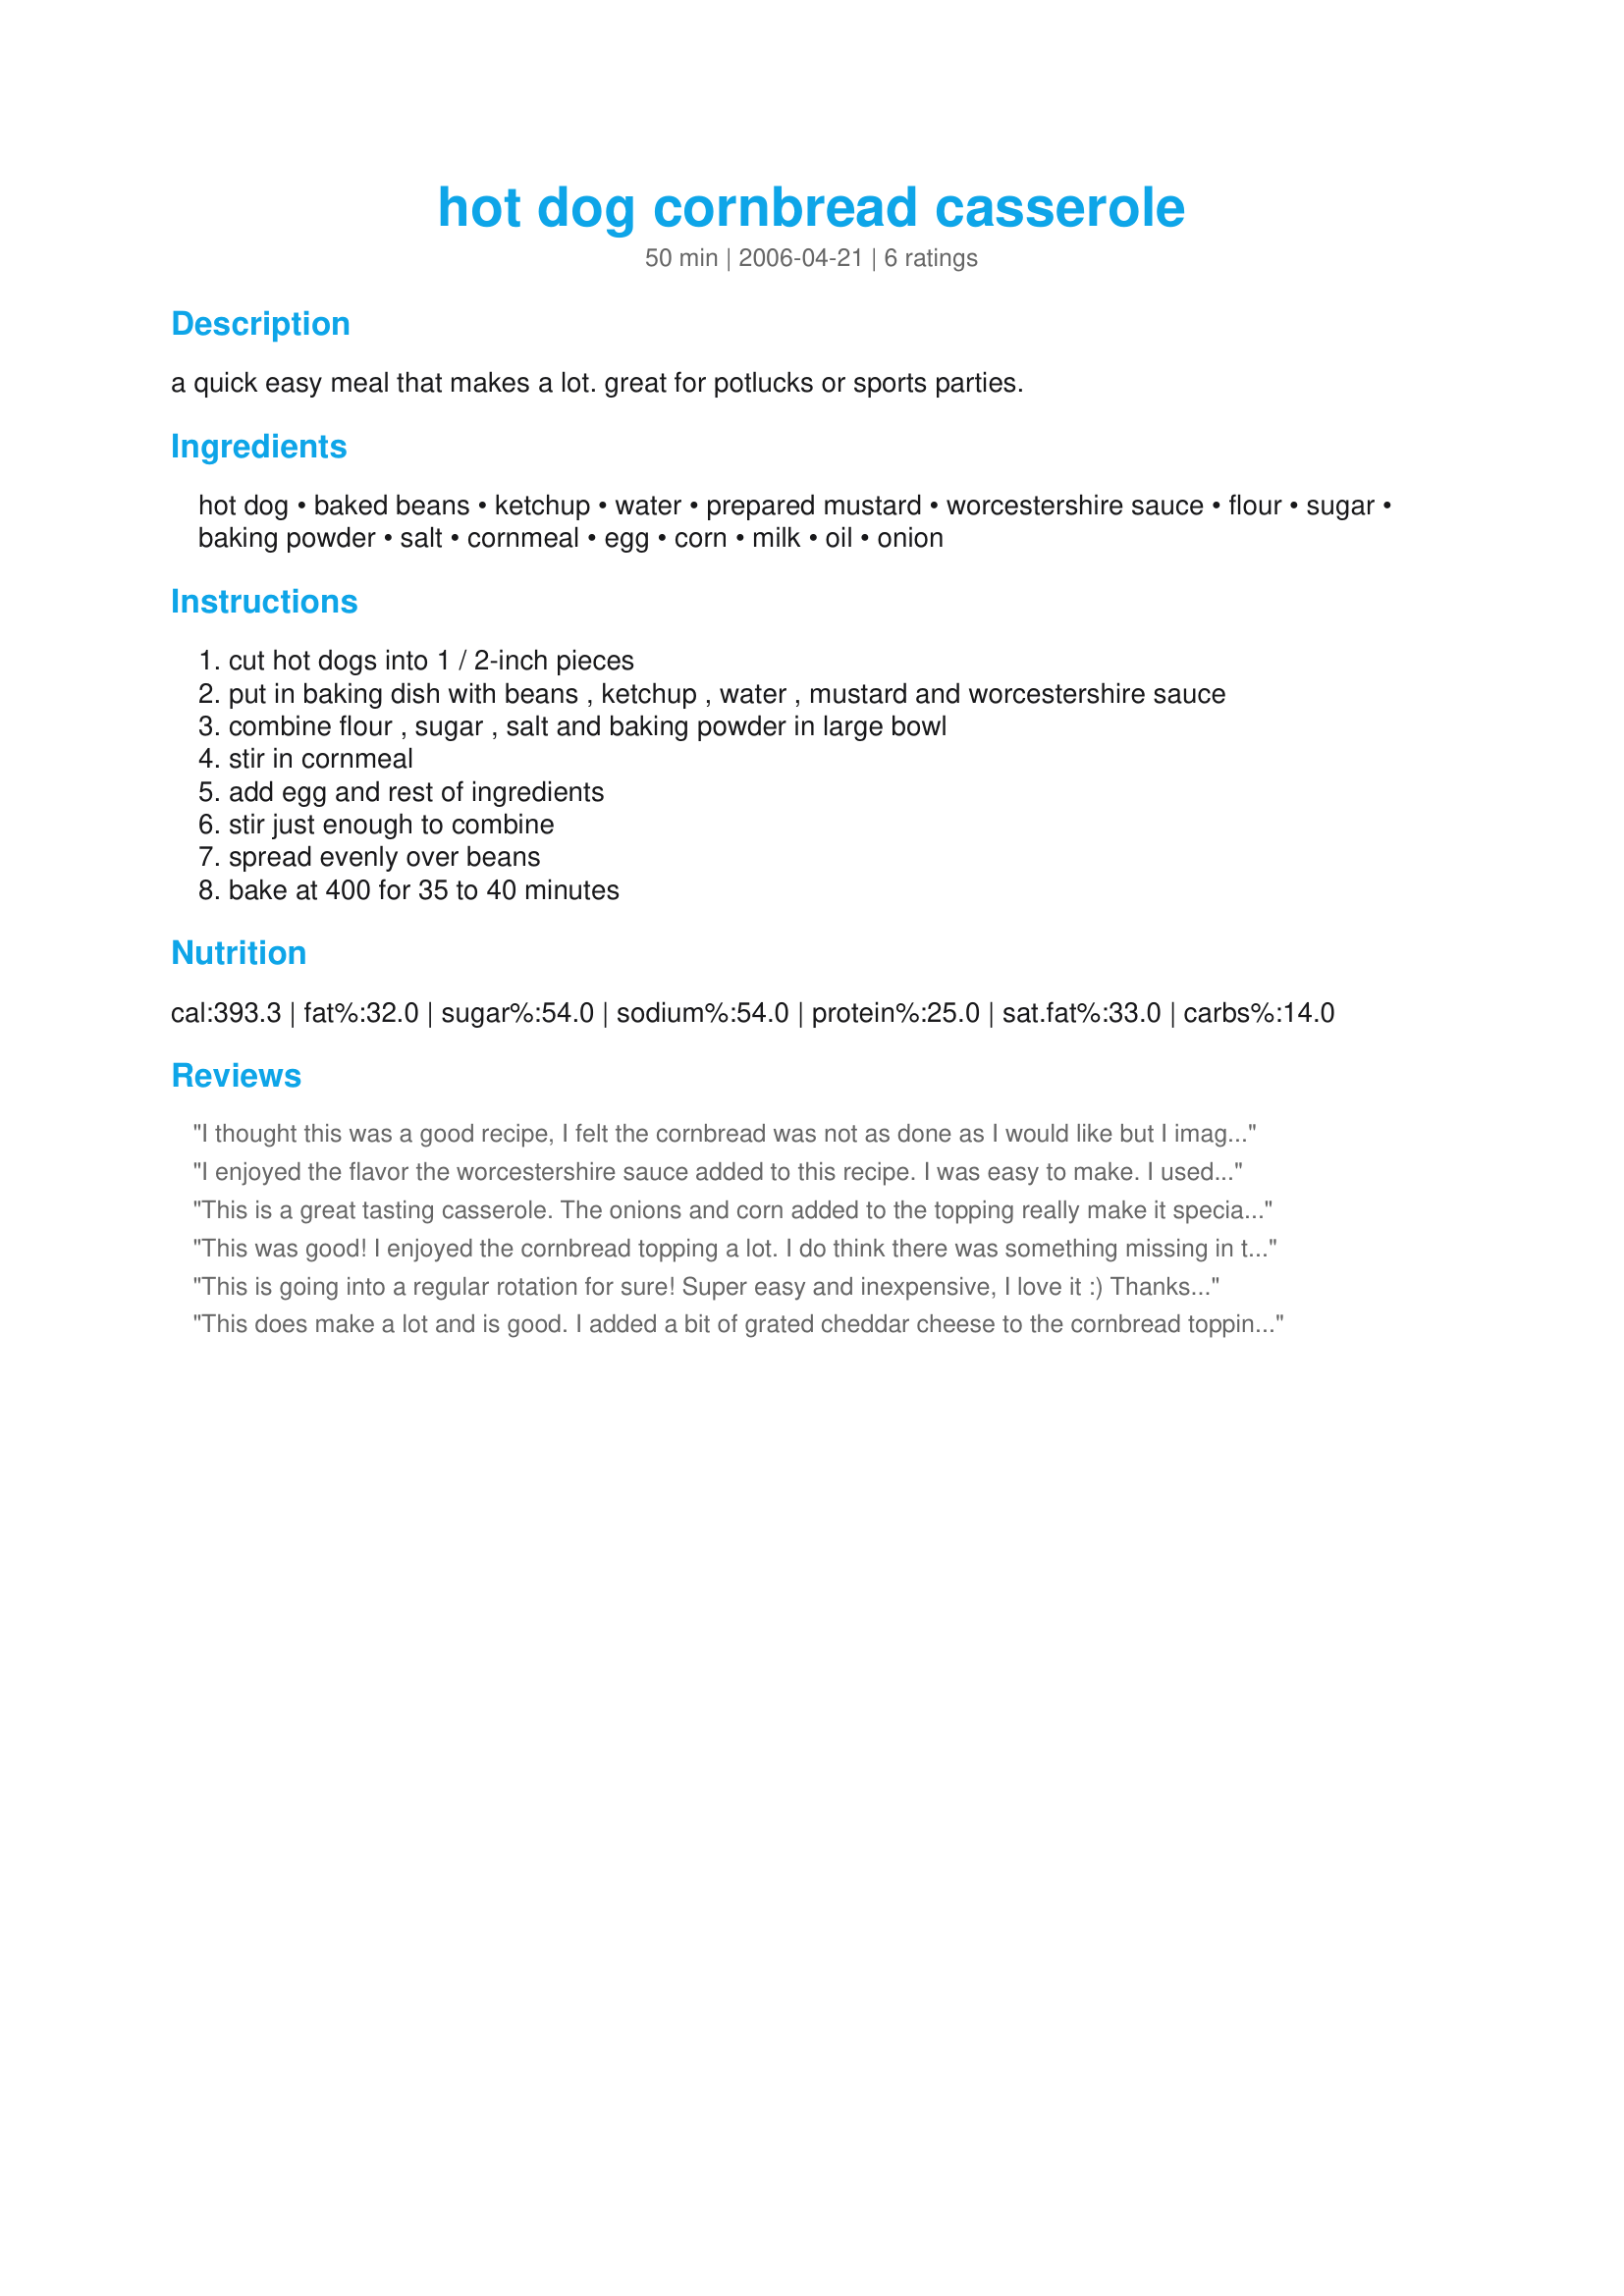
hot dog cornbread casserole
Preparation time: 50 minutes

a quick easy meal that makes a lot. great for potlucks or sports parties.

Ingredients:
hot dog, baked beans, ketchup, water, prepared mustard, worcestershire sauce, flour, sugar, baking powder, salt, cornmeal, egg, corn, milk, oil, onion

Steps:
cut hot dogs into 1 / 2-inch pieces
put in baking dish with beans , ketchup , water , mustard and worcestershire sauce
combine flour , sugar , salt and baking powder in large bowl
stir in cornmeal
add egg and rest of ingredients
stir just enough to combine
spread evenly over beans
bake at 400 for 35 to 40 minutes

Reviews:
I thought this was a good recipe, I felt the cornbread was not as done as I would like but I imagine that is from the liquid in the recipe, I have had this same experience with dishes that bread is on top of. I did follow the recipe and even used store bought baked beans, I also admit they are not as good as my homemade ones. Am going to try with chili next time and see if it doesn't takes like a corn dog.
I enjoyed the flavor the worcestershire sauce added to this recipe. I was easy to make. I used can corn that I had drained. The daycare kids loved it. Thanks for a new way to use up the hot dogs in the refrig.
This is a great tasting casserole. The onions and corn added to the topping really make it special. My cornbread topping rose nicely, and the "beenie weenies" underneath made for a mouth-watering combination. DH loved it, too! Thanks for a great recipe.
This was good! I enjoyed the cornbread topping a lot. I do think there was something missing in the filling, but I suspect it was the quality of baked beans I used rather than a problem with the recipe itself. Because I don't eat pork I used vegetarian baked beans and turkey hot dogs, and it worked out just fine. I think what I wanted in the sauce was something sweet, like karo syrup (my mom always puts it in baked beans) or brown sugar. I will definitely keep this one around; thanks for posting!
This is going into a regular rotation for sure! Super easy and inexpensive, I love it :) Thanks for sharing.
This does make a lot and is good. I added a bit of grated cheddar cheese to the cornbread topping simply because I had some that needed to be used up and minced, spring onions (with their green tops) rather than regular onion. The cornbread sort of takes over the baking dish but you don't really notice until you cut into it cause instead of rising up it rises down.
